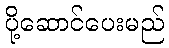
ပို့ဆောင်ပေးမည်